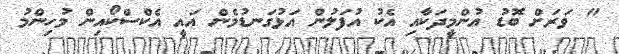
" ވަރަށް ބޮޑު އުންމީދަކާއި އެކު އުފަލުން އަޅުގަނޑުމެން އައީ އެކްސްކޯއިން މުހިންމު